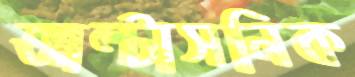
আল্টাসনিক